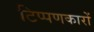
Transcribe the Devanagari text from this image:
टिप्पणकारों